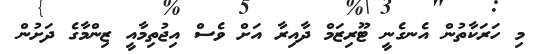
މި ހަރަކާތުން އެނގެނީ ޓޫރިޒަމް ދާއިރާ އަށް ވެސް އިޖުތިމާއީ ޒިންމާގެ ދަށުން